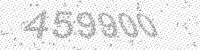
Solution: 459900